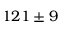
1 2 1 \pm 9